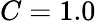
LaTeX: C=1.0